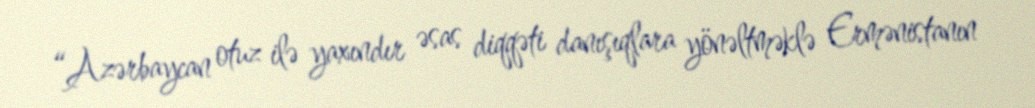
“Azərbaycan otuz ilə yaxındır əsas diqqəti danışıqlara yönəltməklə Ermənistanın